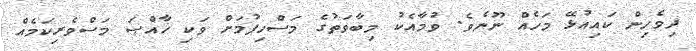
ދިވެހިން ކައިއުޅޭ މަހެއް ނޫނެވެ. ވުމާއެކު މިބާވަތުގެ މަސްހިފުމަށް ވަކި ޚާއްޞަ މަސްވެރިކަމެއް